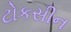
ટોકસીન